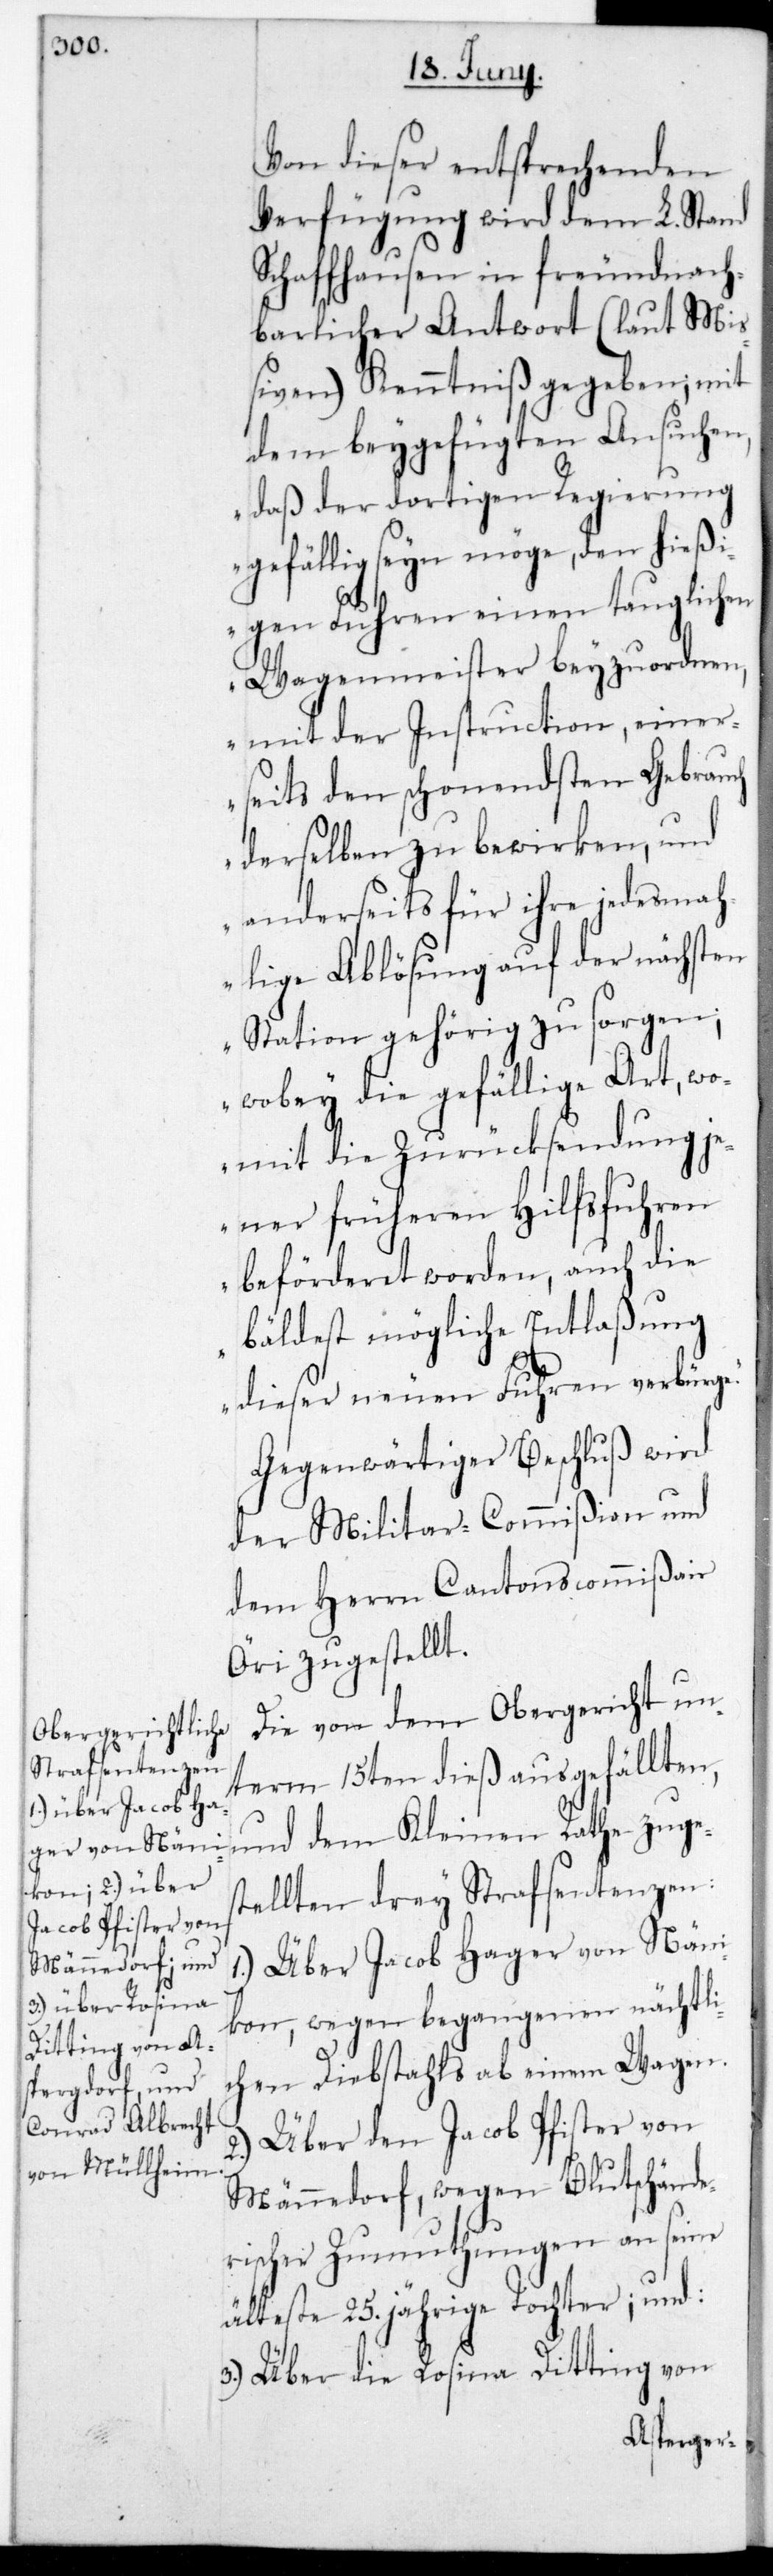
2.)

Von dieser entsprechenden
Verfügung wird dem L. Stand
Schaffhausen in freundnach¬
barlicher Antwort (laut Mi¬
ßiven) Kenntniß gegeben; mit
dem beygefügten Ansuchen,
daß der dortigen Regierung
gefällig sein möge, den hießi¬
gen Fuhren einen tauglichen
Wagenmeister beyzuordnen,
mit der Instruction, einer¬
seits den schonendsten Gebrauch
derselben zu bewirken, und
anderseits für ihre jedesma¬
lige Ablösung auf der nächsten
Station gehörig zu sorgen,
wobey die gefällige Art, wo¬
mit die Zurücksendung je¬
ner früheren Hilfsfuhren
beförderet worden, auch die
bäldest mögliche Entlaßung
dieser neuen Fuhren verbürge.“
Gegenwärtiger Beschluß wird
der Militar-Commißion und
dem Herrn Cantonscommißair
Öri zugestellt.
Die von dem Obergericht unt¬
erm 15ten die ausgefällten,
und dem Kleinen Rathe zuges¬
tellten drey Strafsentenzen:
1.) Über Jacob Hager von Näni¬
kon, wegen begangenen nächtli¬
chen Diebstahls ab einem Wagen.
Über den Jacob Pfister von
Männedorf, wegen blutschände¬
rischer Zumuthungen an seine
älteste 25. jährige Tochter; und
3.) Über die Rosina Ditting von